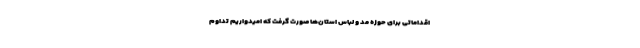
اقداماتی برای حوزه مد و لباس استان‌ها صورت گرفت که امیدواریم تداوم